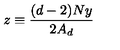
z \equiv \frac { ( d - 2 ) N y } { 2 A _ { d } }